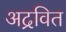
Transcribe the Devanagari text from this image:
अद्रवित